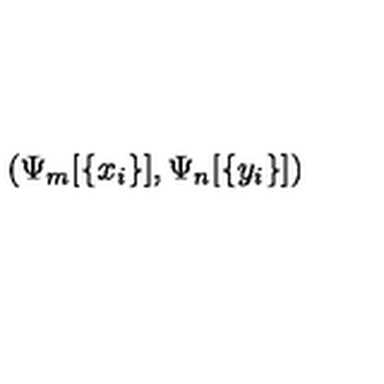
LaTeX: \left( \Psi _ { m } [ \{ x _ { i } \} ] , \Psi _ { n } [ \{ y _ { i } \} ] \right) ~